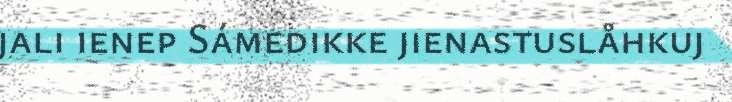
jali ienep Sámedikke jienastuslåhkuj